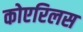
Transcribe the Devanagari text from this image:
कोएरिलस